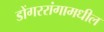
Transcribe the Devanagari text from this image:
डोंगररांगामधील